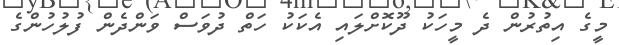
މީގެ އިތުރުން ދެ މީހަކު ދޫކޮށްލައި އެކަކު ހަތް ދުވަސް ވަންދެން ފުލުހުންގެ